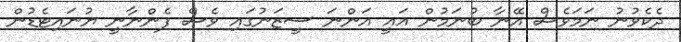
ދެކެވުނު ނަމަވެސް އޭނާ ބުނަމުން އައީ އަންނަ ސީޒަނުގައި ވެސް ފެންނާނީ ޔުނައިޓެޑުން